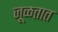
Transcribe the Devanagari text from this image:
जूळतात